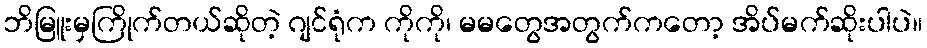
ဘိမြူးမှကြိုက်တယ်ဆိုတဲ့ ဂျင်ရုံက ကိုကို၊ မမတွေအတွက်ကတော့ အိပ်မက်ဆိုးပါပဲ။